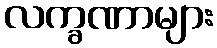
လက္ခဏာများ